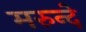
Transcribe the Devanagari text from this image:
मरुन्दे